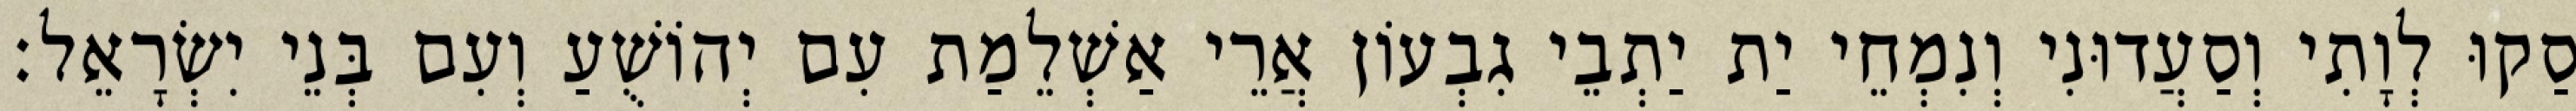
סַקוּ לְוָתִי וְסַעֲדוּנִי וְנִמְחֵי יַת יַתְבֵי גִבְעוֹן אֲרֵי אַשְׁלֵמַת עִם יְהוֹשֻׁעַ וְעִם בְּנֵי יִשְׂרָאֵל׃